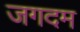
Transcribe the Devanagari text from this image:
जगदम